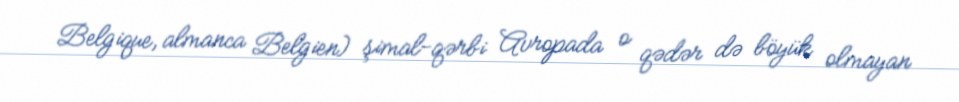
Belgique, almanca Belgien) şimal-qərbi Avropada o qədər də böyük olmayan